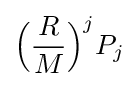
{\Big (}{\frac {R}{M}}{\Big )}^{j}P_{j}